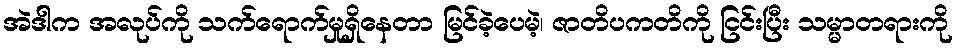
အဲဒါက အလုပ်ကို သက်ရောက်မှုရှိနေတာ မြင်ခဲ့ပေမဲ့၊ ဇာတိပကတိကို ငြင်းပြီး သမ္မာတရားကို